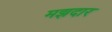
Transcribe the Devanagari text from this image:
मझदार